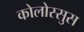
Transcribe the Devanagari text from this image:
कोलोस्सुस